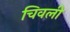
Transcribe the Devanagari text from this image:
चिवली